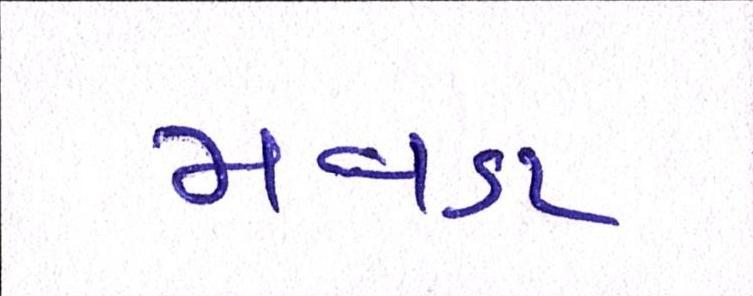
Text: મવડા